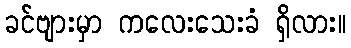
ခင်ဗျားမှာ ကလေးသေးခံ ရှိလား။